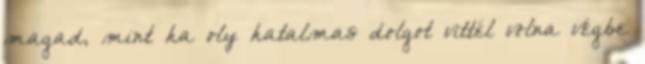
magad, mint ha oly hatalmas dolgot vittél volna végbe